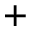
+